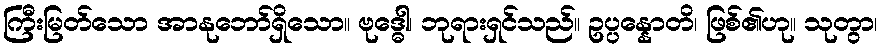
ကြီးမြတ်သော အာနုဘော်ရှိသော။ ဗုဒ္ဓေါ၊ ဘုရားရှင်သည်။ ဥပ္ပန္နောတိ၊ ဖြစ်၏ဟု။ သုတွာ၊